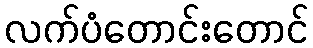
လက်ပံတောင်းတောင်